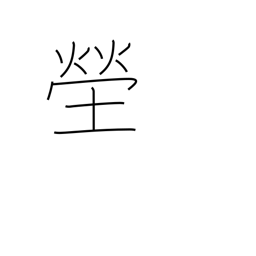
Meaning: cemetery